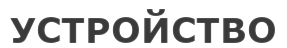
УСТРОЙСТВО